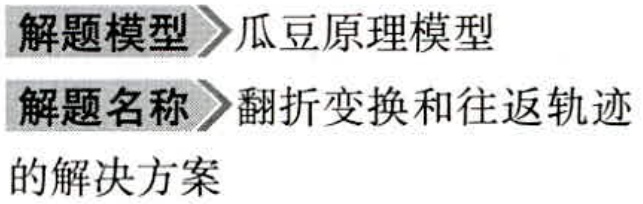
\begin{description}

\item[解题模型] 瓜豆原理模型

\item[解题名称] 翻折变换和往返轨迹的解决方案

\end{description}